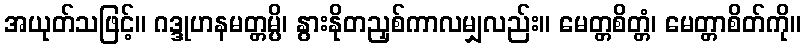
အယုတ်သဖြင့်။ ဂဒ္ဒုဟနမတ္တမ္ပိ၊ နွားနိုတညှစ်ကာလမျှလည်း။ မေတ္တစိတ္တံ၊ မေတ္တာစိတ်ကို။